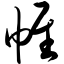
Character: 帷